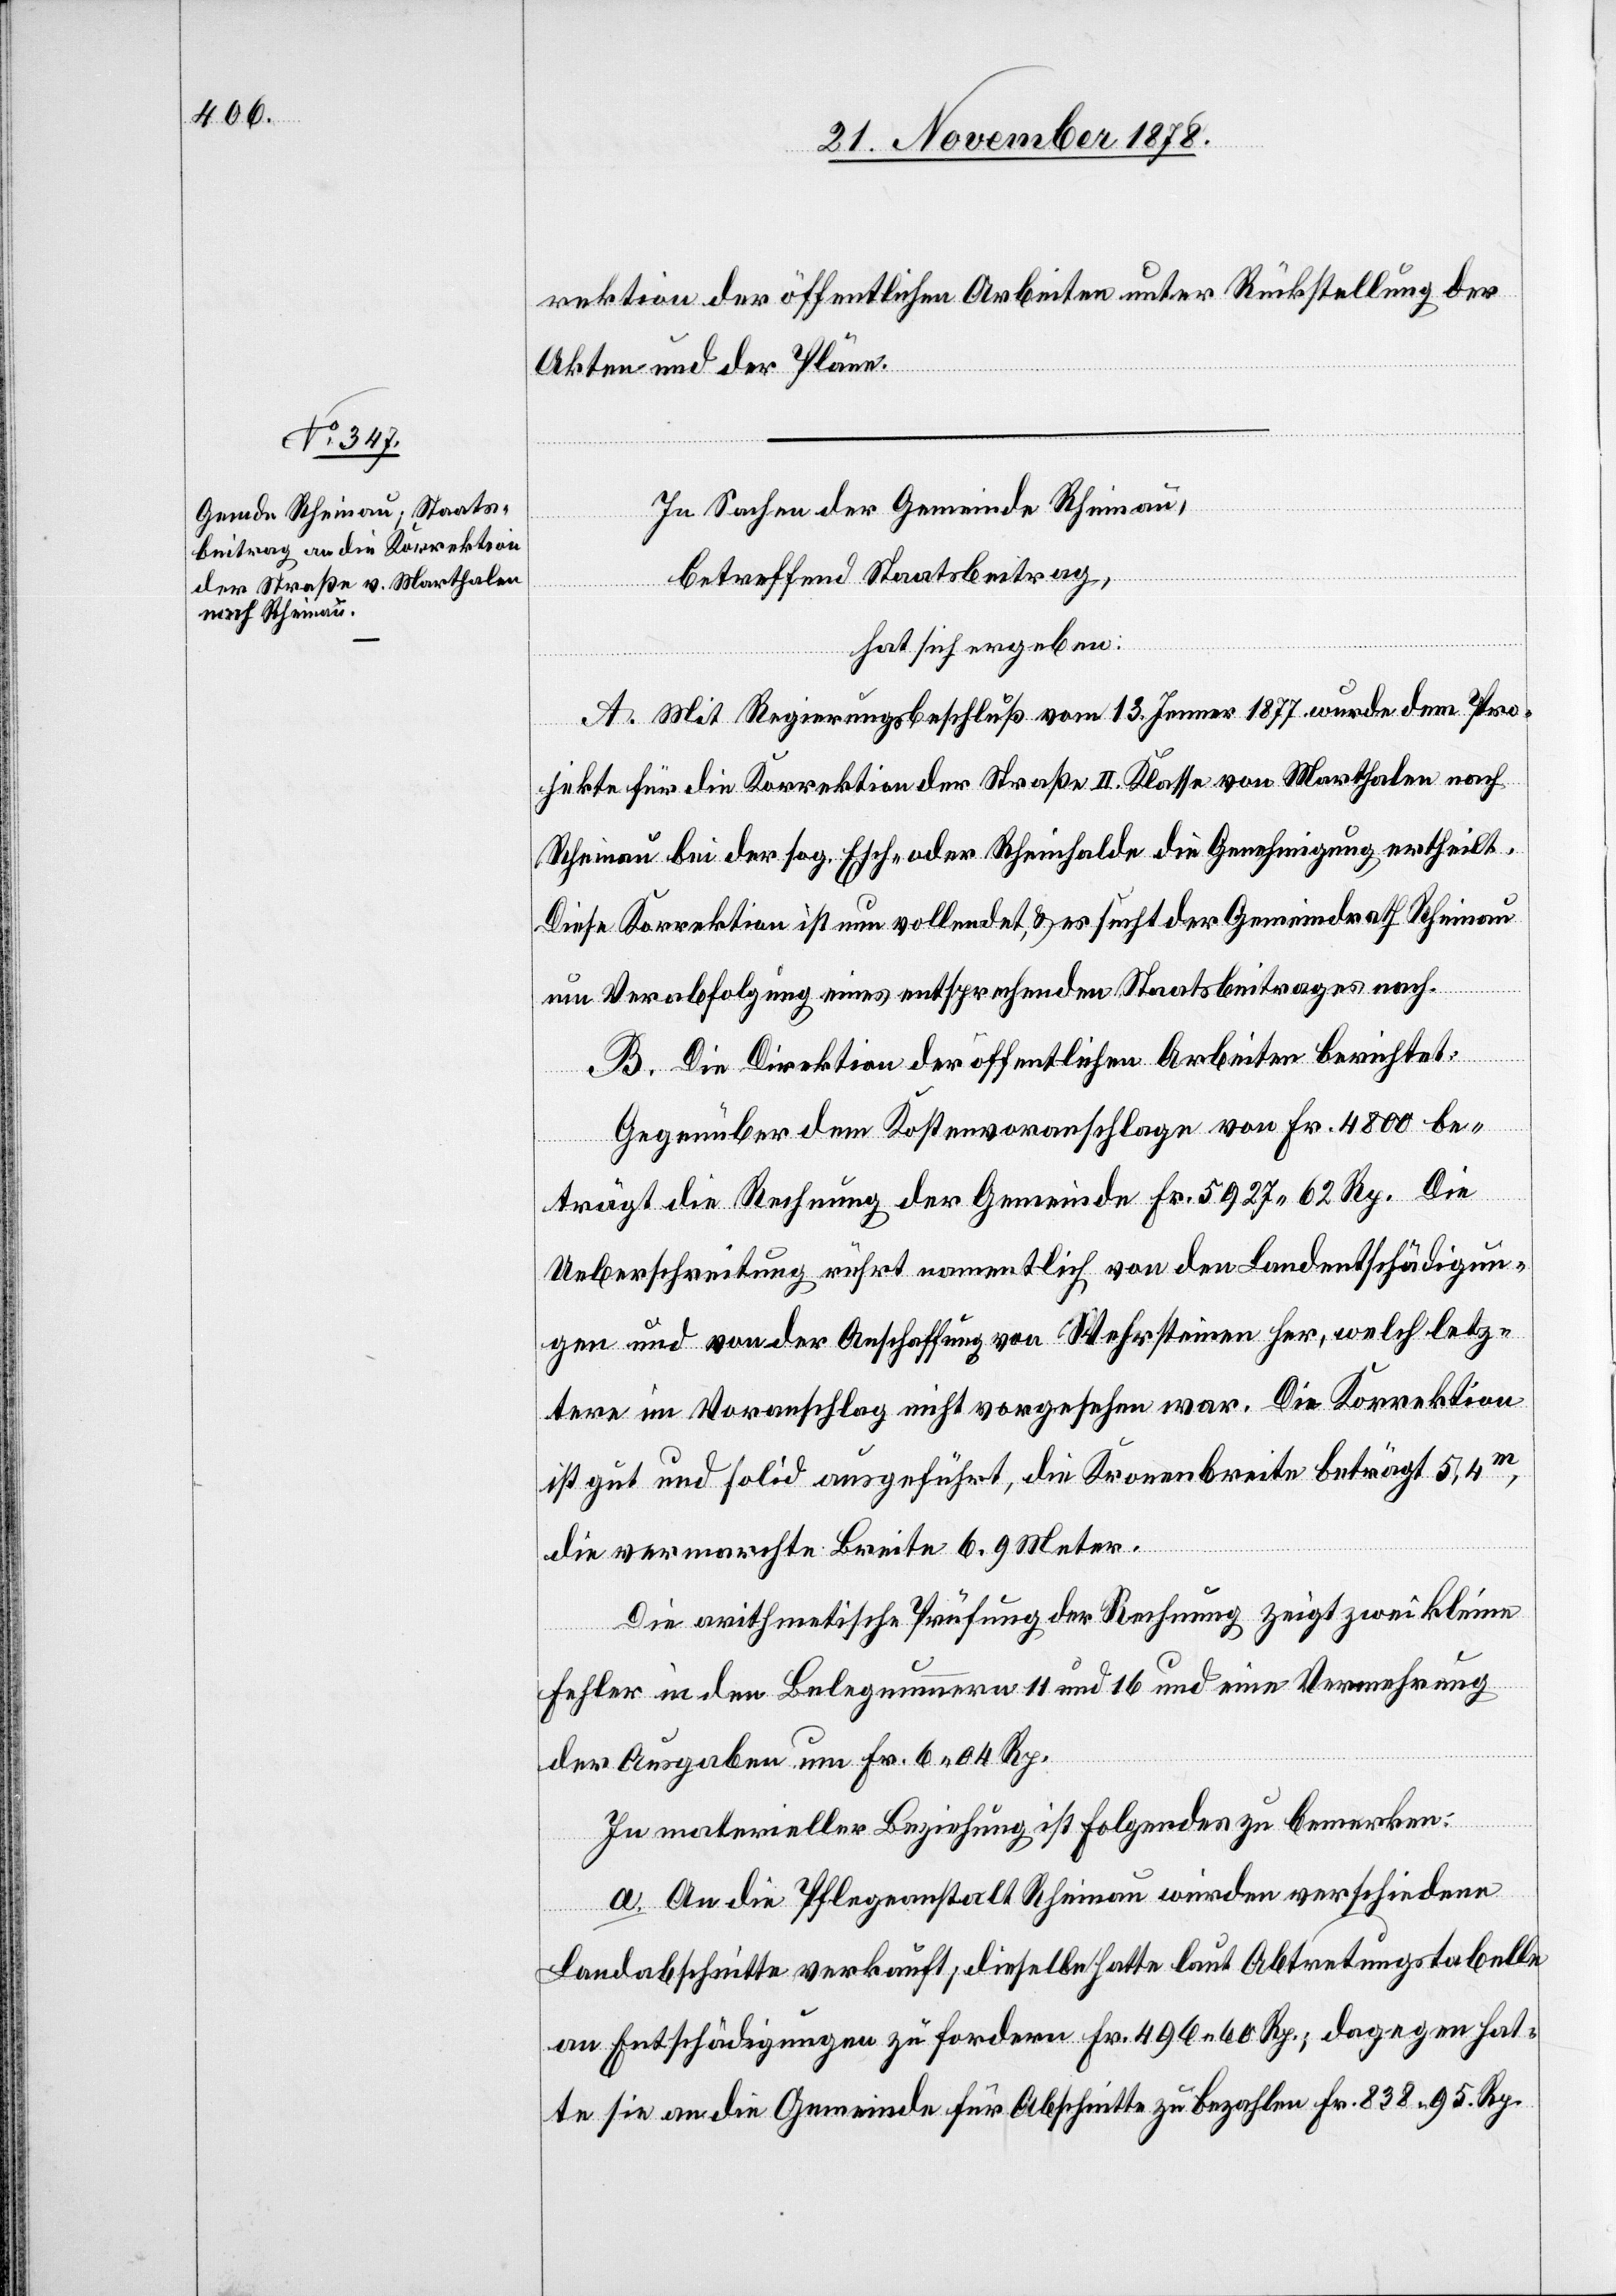
rektion der öffentlichen Arbeiten unter Rückstellung der
Akten und der Pläne.
In Sachen der Gemeinde Rheinau,
betreffend Staatsbeitrag,
hat sich ergeben:
A. Mit Regierungsbeschluß vom 13. Jenner 1877 wurden dem Pro¬
jekte für die Korrektion der Straße II. Klasse von Marthalen nach
Rheinau bei der sog. Esch- oder Rheinhalde die Genehmigung ertheilt.
Diese Korrektion ist nun vollendet, & es sucht der Gemeindrath Rheinau
um Verabfolgung eines entsprechenden Staatsbeitrages nach.
B. Die Direktion der öffentlichen Arbeiten berichtet:
Gegenüber dem Kostenvoranschlage von Fr. 4800 be¬
trägt die Rechnung der Gemeinde Fr. 5927 62 Rp. Die
Ueberschreitung rührt namentlich von den Landentschädigun¬
gen und von der Anschaffung von Wehrsteinen her, welch letz¬
tere im Voranschlag nicht vorgesehen war. Die Korrektion
ist gut und solid ausgeführt, die Kronenbreite beträgt 5,4m,
die vermarchte Breite 6.9 Meter.
Die arithmetische Prüfung der Rechnung zeigt zwei kleine
Fehler in den Belegnummern 11 und 16 und eine Vermehrung
der Ausgaben um Fr. 6 04 Rp.
In materieller Beziehung ist folgendes zu bemerken:
a. An die Pflegeanstalt Rheinau wurden verschiedene
Landabschnitte verkauft, dieselbe hatte laut Abtretungstabelle
an Entschädigungen zu fordern Fr. 496 60 Rp.; dagegen hat¬
te sie an die Gemeinde für Abschnitte zu bezahlen Fr. 838 95 Rp.